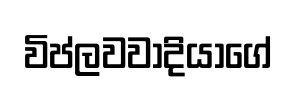
විප්ලවවාදියාගේ